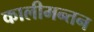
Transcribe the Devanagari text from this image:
कालीमन्तन